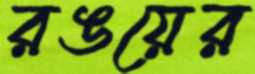
রঙয়ের